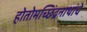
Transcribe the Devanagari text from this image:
होतोमच्छिंद्रनाथांचे